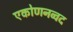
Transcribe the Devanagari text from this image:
एकोणनव्वद